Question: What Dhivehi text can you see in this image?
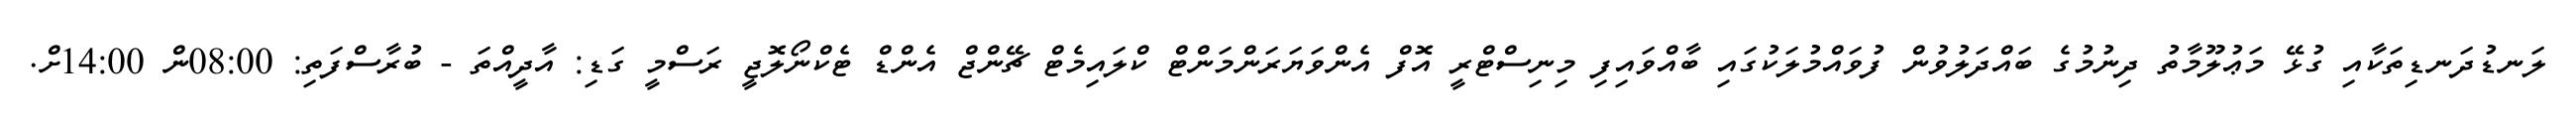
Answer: ލަނޑުދަނޑިތަކާއި ގުޅޭ މަޢުލޫމާތު ދިނުމުގެ ބައްދަލުވުން ފުވައްމުލަކުގައި ބާއްވައިފި މިނިސްޓްރީ އޮފް އެންވަޔަރަންމަންޓް ކްލައިމެޓް ޗޭންޖް އެންޑް ޓެކްނޯލޮޖީ ރަސްމީ ގަޑި: އާދީއްތަ - ބުރާސްފަތި: 08:00ން 14:00ށް.